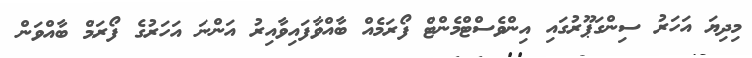
މިދިޔަ އަހަރު ސިންގަޕޫރުގައި އިންވެސްޓްމެންޓް ފޯރަމެއް ބާއްވާފައިވާއިރު އަންނަ އަހަރުގެ ފޯރަމް ބާއްވަން